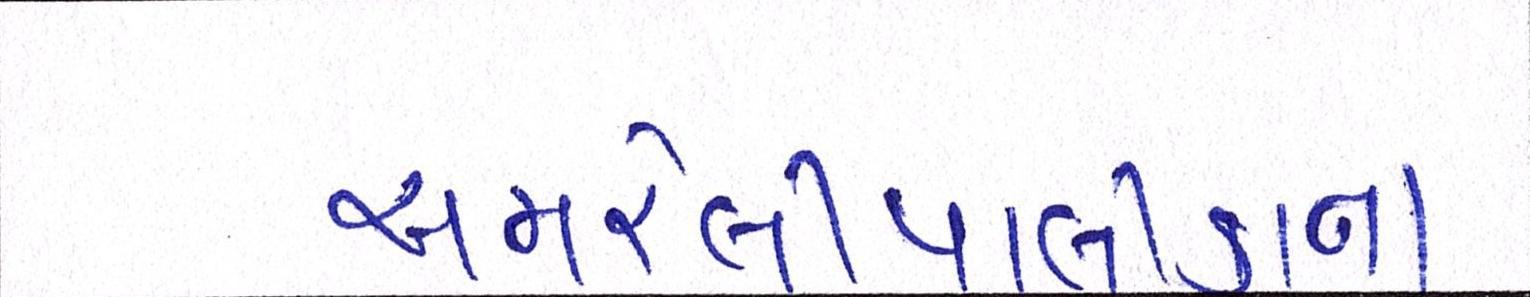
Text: અમરેલીપાલીકાના